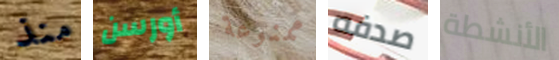
منذ أورسن ممنوعة صدفه الأنشطة